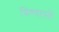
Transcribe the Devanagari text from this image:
विश्‍वासों